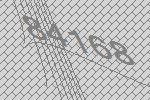
84168